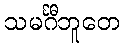
သမင်္ဂီဘူတေ